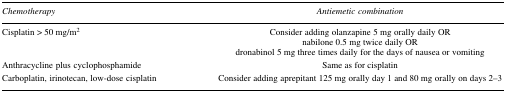
| Chemotherapy | Antiemetic combination |
 | --- | --- |
 | Cisplatin > 50 mg/m2 | Consider adding olanzapine 5 mg orally daily OR nabilone 0.5 mg twice daily OR dronabinol 5 mg three times daily for the days of nausea or vomiting |
 | Anthracycline plus cyclophosphamide | Same as for cisplatin |
 | Carboplatin, irinotecan, low-dose cisplatin | Consider adding aprepitant 125 mg orally day 1 and 80 mg orally on days 2–3 |